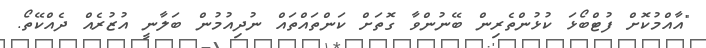
"އާއްމުކޮށް ފުޓްބޯޅަ ކުޅުންތެރިން ބޭނުންވާ ގޮތަށް ކަންތައްތައް ނުދިއުމުން ބަލާނީ އުޒުރެއް ދެއްކޭތޯ.